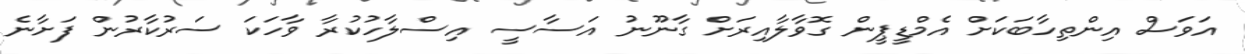
އަވަސް އިންތިހާބަކަށް އެމްޑީޕީން ގޮވާލާއިރަށް ގާނޫނު އަސާސީ އިސްލާހުކުރާ ވާހަކަ ސަރުކާރުން ފަށާނެ